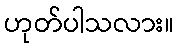
ဟုတ်ပါသလား။